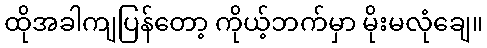
ထိုအခါကျပြန်တော့ ကိုယ့်ဘက်မှာ မိုးမလုံချေ။